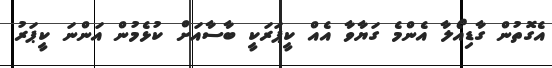
އެގޮތުން ގާޑިއޯލާ އެންމެ ގަޔާވާ އެއް ކީޕަރަކީ ބާސާއަށް ކުޅެމުން އަންނަ ކީޕަރު